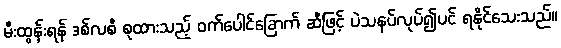
မီးထွန်းရန် ဒစ်လစီ စုထားသည့် ဝက်ပေါင်ခြောက် ဆီဖြင့် ပဲသနပ်လုပ်၍ပင် ရနိုင်သေးသည်။